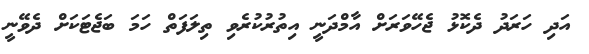
އަދި ހަރަދު ދެކޮޅު ޖެހޭވަރަށް އާމްދަނީ އިތުރުކުރެވި ތިލަފަތް ހަމަ ބަޖެޓަކަށް ދެވޭނީ